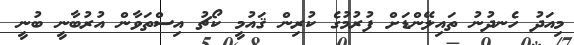
މިއަދު ހެނދުނު ތައިލޭންޑަށް ފުރުމުގެ ކުރިން ޤައުމީ ކޯޗު އިސްތަވާން އުރުބާނީ ބުނީ